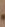
.